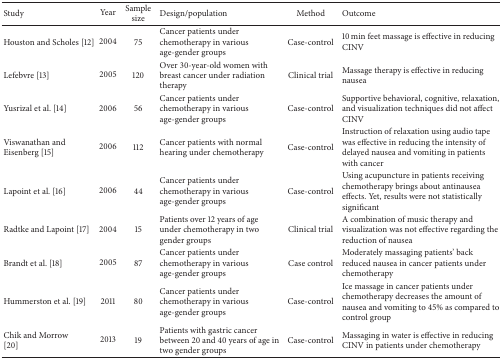
| Study | Year | Sample size | Design/population | Method | Outcome |
 | --- | --- | --- | --- | --- | --- |
 | Houston and Scholes [12] | 2004 | 75 | Cancer patients under chemotherapy in various age-gender groups | Case-control | 10 min feet massage is effective in reducing CINV |
 | Lefebvre [13] | 2005 | 120 | Over 30-year-old women with breast cancer under radiation therapy | Clinical trial | Massage therapy is effective in reducing nausea |
 | Yusrizal et al. [14] | 2006 | 56 | Cancer patients under chemotherapy in various age-gender groups | Case-control | Supportive behavioral, cognitive, relaxation, and visualization techniques did not affect CINV |
 | Viswanathan and Eisenberg [15] | 2006 | 112 | Cancer patients with normal hearing under chemotherapy | Case-control | Instruction of relaxation using audio tape was effective in reducing the intensity of delayed nausea and vomiting in patients with cancer |
 | Lapoint et al. [16] | 2006 | 44 | Cancer patients under chemotherapy in various age-gender groups | Case-control | Using acupuncture in patients receiving chemotherapy brings about antinausea effects. Yet, results were not statistically significant |
 | Radtke and Lapoint [17] | 2004 | 15 | Patients over 12 years of age under chemotherapy in two gender groups | Clinical trial | A combination of music therapy and visualization was not effective regarding the reduction of nausea |
 | Brandt et al. [18] | 2005 | 87 | Cancer patients under chemotherapy in various age-gender groups | Case control | Moderately massaging patients' back reduced nausea in cancer patients under chemotherapy |
 | Hummerston et al. [19] | 2011 | 80 | Cancer patients under chemotherapy in various age-gender groups | Case-control | Ice massage in cancer patients under chemotherapy decreases the amount of nausea and vomiting to 45% as compared to control group |
 | Chik and Morrow [20] | 2013 | 19 | Patients with gastric cancer between 20 and 40 years of age in two gender groups | Case-control | Massaging in water is effective in reducing CINV in patients under chemotherapy |